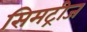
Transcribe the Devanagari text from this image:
सिमट्रीज